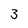
Character: 3